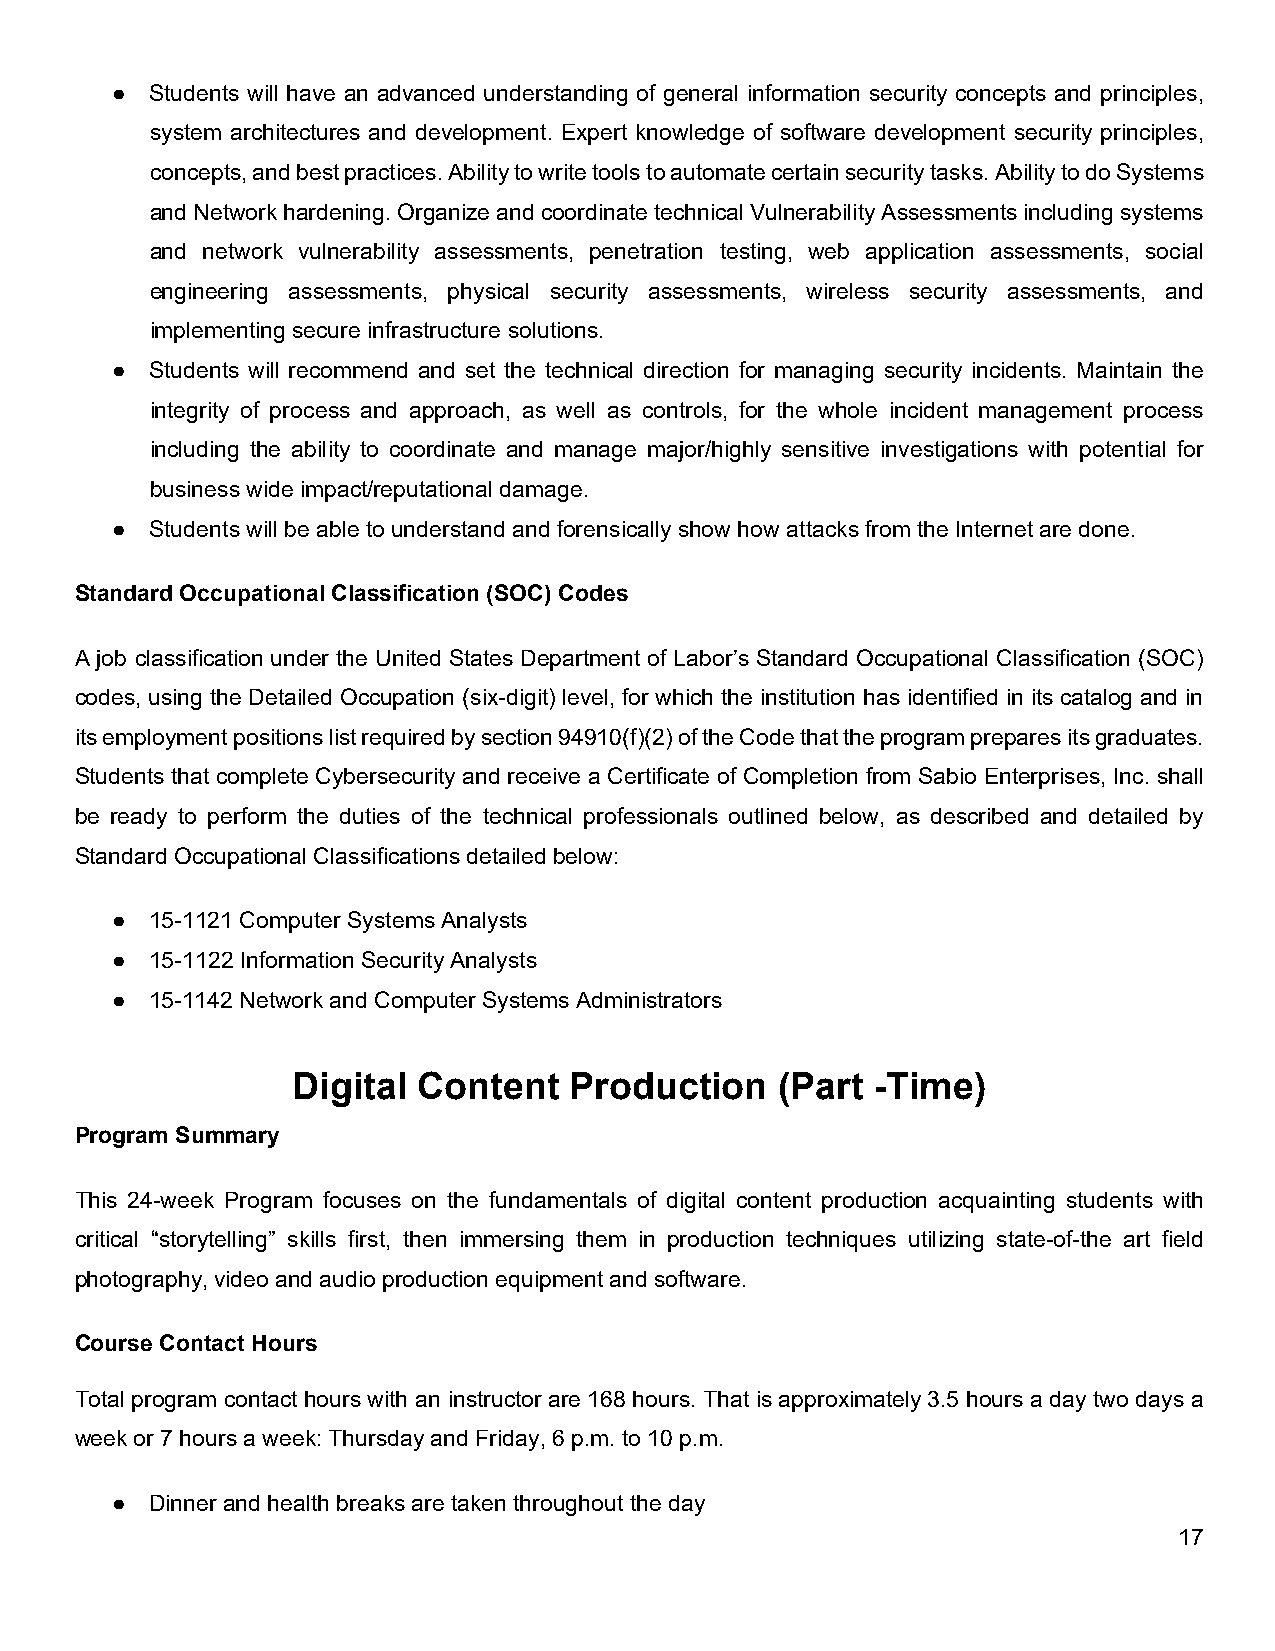
●  Students will have an advanced understanding of general information security concepts and principles,
 system architectures and development. Expert knowledge of software development security principles,
 concepts, and best practices. Ability to write tools to automate certain security tasks. Ability to do Systems
 and Network hardening. Organize and coordinate technical Vulnerability Assessments including systems
 and network vulnerability assessments, penetration testing, web application assessments, social
 engineering assessments, physical security assessments, wireless security assessments, and
 implementing secure infrastructure solutions.
 ●  Students will recommend and set the technical direction for managing security incidents. Maintain the
 integrity of process and approach, as well as controls, for the whole incident management process
 including the ability to coordinate and manage major/highly sensitive investigations with potential for
 business wide impact/reputational damage.
 ●  Students will be able to understand and forensically show how attacks from the Internet are done.
 Standard Occupational Classification (SOC) Codes
 A job classification under the United States Department of Labor’s Standard Occupational Classification (SOC)
 codes, using the Detailed Occupation (six-digit) level, for which the institution has identified in its catalog and in
 its employment positions list required by section 94910(f)(2) of the Code that the program prepares its graduates.
 Students that complete Cybersecurity and receive a Certificate of Completion from Sabio Enterprises, Inc. shall
 be ready to perform the duties of the technical professionals outlined below, as described and detailed by
 Standard Occupational Classifications detailed below:
 ●  15-1121 Computer Systems Analysts
 ●  15-1122 Information Security Analysts
 ●  15-1142 Network and Computer Systems Administrators
 Digital  Content   Production   (Part  -Time)
 Program Summary
 This 24-week Program focuses on the fundamentals of digital content production acquainting students with
 critical “storytelling” skills first, then immersing them in production techniques utilizing state-of-the art field
 photography, video and audio production equipment and software.
 Course Contact Hours
 Total program contact hours with an instructor are 168 hours. That is approximately 3.5 hours a day two days a
 week or 7 hours a week: Thursday and Friday, 6 p.m. to 10 p.m.
 ●  Dinner and health breaks are taken throughout the day
 17